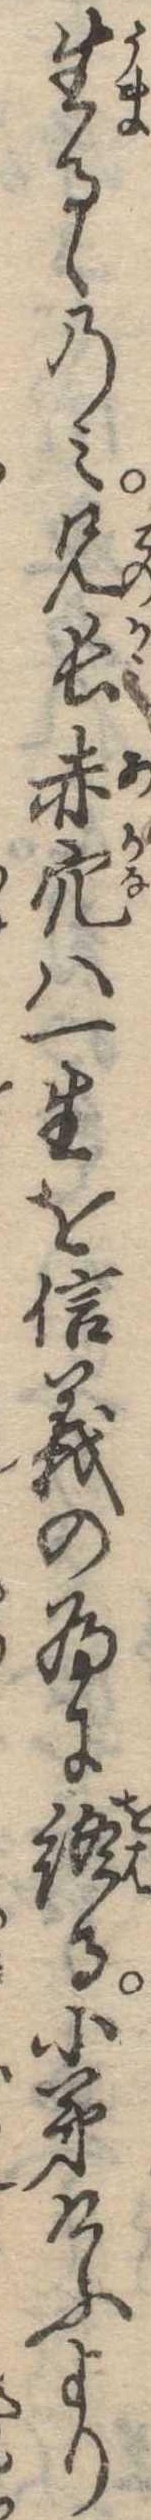
生るゝのみ兄長赤穴は一生を信義の為に終る小弟けふより